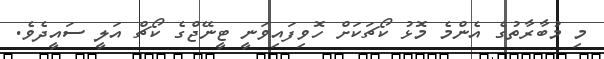
މި މުބާރާތުގެ އެންމެ މޮޅު ކޯޗަކަށް ހޮވިފައިވަނީ ޓީނޭޖްގެ ކޯޗް އަލީ ސައީދެވެ.